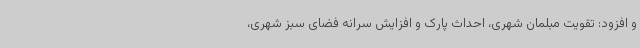
و افزود: تقویت مبلمان شهری، احداث پارک و افزایش سرانه فضای سبز شهری،